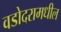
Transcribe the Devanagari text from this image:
वडोदरामधील